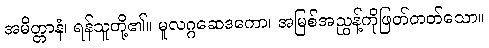
အမိတ္တာနံ၊ ရန်သူတို့၏။ မူလဂ္ဂဆေဒကော၊ အမြစ်အညွန့်ကိုဖြတ်တတ်သော။